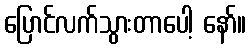
ပြောင်လက်သွားတာပေါ့ နော်။